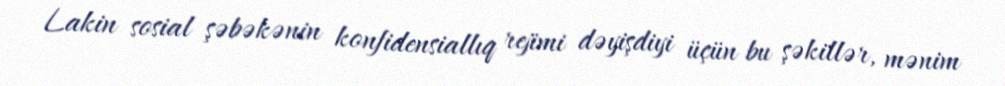
Lakin sosial şəbəkənin konfidensiallıq rejimi dəyişdiyi üçün bu şəkillər, mənim